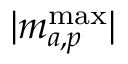
| m _ { a , p } ^ { \mathrm { m a x } } |